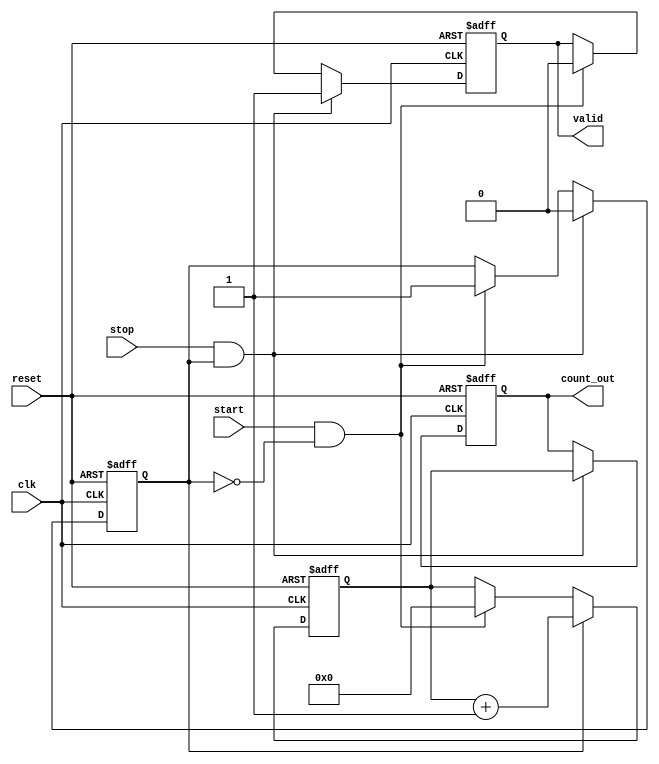
module TDC #(
    parameter N = 16,            // Bit width of the counter
    parameter MEM_SIZE = 8       // Number of measurements to store
)(
    input wire clk,              // High-frequency clock signal
    input wire reset,            // Reset signal
    input wire start,            // Start signal
    input wire stop,             // Stop signal
    output reg [N-1:0] count_out, // Output register for count
    output reg valid             // Flag indicating valid count
);

    // Internal signals
    reg [N-1:0] counter;         // Counter to measure clock cycles
    reg measuring;               // Flag to indicate if measuring is active
    reg [N-1:0] memory [0:MEM_SIZE-1]; // Memory blocks to store counts
    reg [3:0] mem_index;         // Index for memory storage

    // Control logic for counter and memory
    always @(posedge clk or posedge reset) begin
        if (reset) begin
            counter <= 0;
            measuring <= 0;
            count_out <= 0;
            valid <= 0;
            mem_index <= 0;
        end else begin
            if (start && !measuring) begin
                // Start measuring
                measuring <= 1;
                counter <= 0; // Reset counter to zero
                valid <= 0;   // Reset valid flag
            end

            if (measuring) begin
                counter <= counter + 1; // Increment counter
            end

            if (stop && measuring) begin
                // Stop measuring
                measuring <= 0;
                count_out <= counter; // Capture final count
                valid <= 1;           // Indicate valid count

                // Store the counted value in memory
                if (mem_index < MEM_SIZE) begin
                    memory[mem_index] <= counter;
                    mem_index <= mem_index + 1; // Increment memory index
                end else begin
                    // Optionally handle overflow, e.g., circular buffer, etc.
                end
            end
        end
    end

endmodule